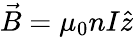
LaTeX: \vec{B}=\mu_{0}nI\hat{z}